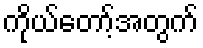
ကိုယ်တော့်အတွက်